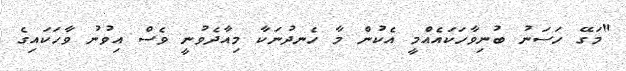
"މަގޭ ހަސަނު ބުނިވާހަކައެއްމީ އެކުން މާ ހެނދުނަކާ މިއާދެވުނީ ވެސް އިވުނު ވާހަކައިގެ